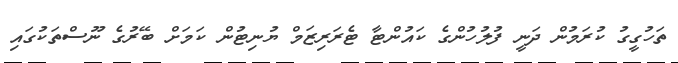
ތަހުގީގު ކުރަމުން ދަނީ ފުލުހުންގެ ކައުންޓާ ޓެރަރިޒަމް ޔުނިޓުން ކަމަށް ބޭރުގެ ނޫސްތަކުގައި